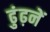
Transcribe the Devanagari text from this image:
ढुंढ़नें